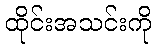
ထိုင်းအသင်းကို